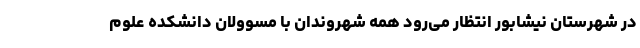
در شهرستان نیشابور انتظار می‌رود همه شهروندان با مسوولان دانشکده علوم